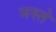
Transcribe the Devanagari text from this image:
नस्ते